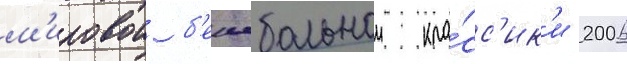
м'ировои б'еисбольнои кла́сс'ик'и 2006